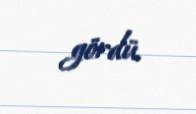
gördü.